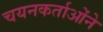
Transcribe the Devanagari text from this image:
चयनकर्ताओंने